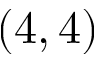
( 4 , 4 )